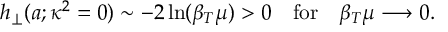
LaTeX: h _ { \perp } ( a ; \kappa ^ { 2 } = 0 ) \sim - 2 \ln ( \beta _ { T } \mu ) > 0 \quad \mathrm { f o r } \quad \beta _ { T } \mu \longrightarrow 0 .